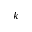
k